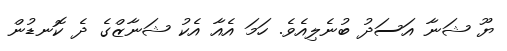
ޔޫ ޝަނާ އަސަދު ބުނެލިއެވެ. ހަމަ އެއާ އެކު ޝަނާޒްގެ ދެ ކޮނޑުން